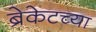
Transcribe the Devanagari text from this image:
ब्रेकेटच्या